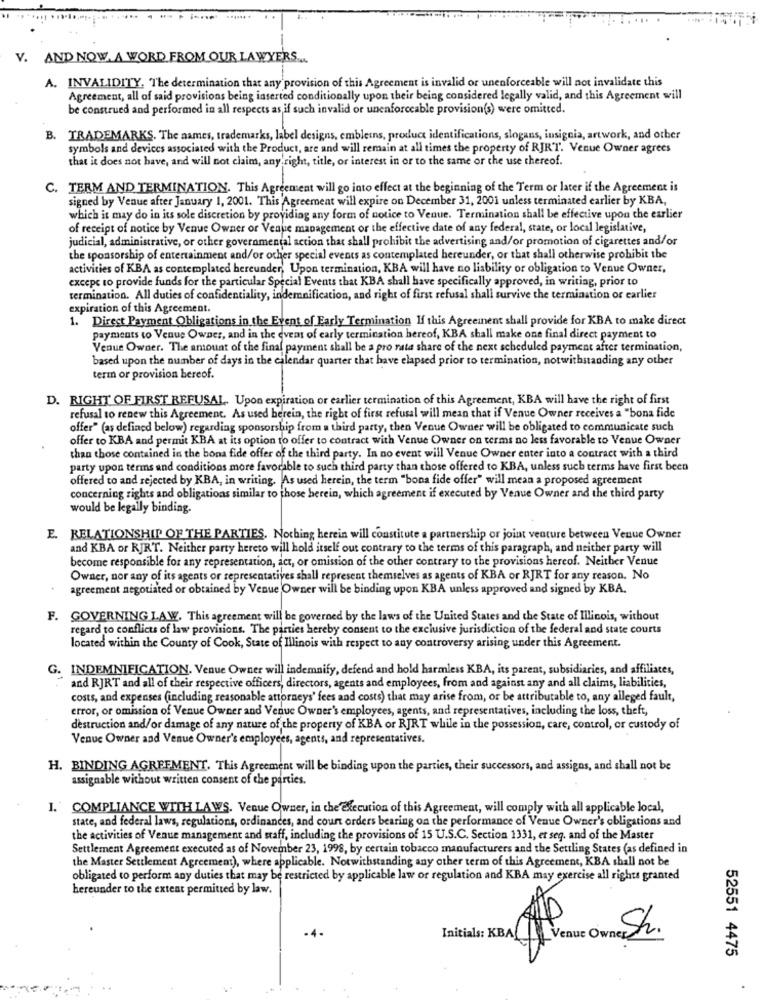
V. AND NOW. A WORD FROM OUR LAWYERS ...
A. INVALIDITY, The determination that any provision of this Agreement is invalid or unenforceable will not invalidate this
Agreement, all of said provisions being inserted conditionally upon their being considered legally valid, and this Agreement will
be construed and performed in all respects as if such invalid or unenforceable provision(s) were omitted.
B. TRADEMARKS. The names, trademarks, label designs, embleins, product identifications, slogans, insignia, artwork, and other
symbols and devices associated with the Product, are and will remain at all times the property of RJRT. Venue Owner agrees
that it does not have, and will not claim, any right, title, or interest in or to the same or the use thereof.
C. TERM AND TERMINATION. This Agreement will go into effect at the beginning of the Term or later if the Agreement is
signed by Venue after January 1, 2001. This Agreement will expire on December 31, 2001 unless terminated earlier by KBA,
which it may do in its sole discretion by providing any form of notice to Venue. Termination shall be effective upon the earlier
of receipt of notice by Venue Owner or Venue management or the effective date of any federal, state, or local legislative,
judicial, administrative, or other governmental action that shall prohibit the advertising and/or promotion of cigarettes and/or
the sponsorship of entertainment and/or other special events as contemplated hereunder, or that shall otherwise prohibit the
activities of KBA as contemplated hereunder, Upon termination, KBA will have no liability or obligation to Venue Owner,
excepe to provide funds for the particular Special Events that KBA shall have specifically approved, in writing, prior to
termination. All duties of confidentiality, indemnification, and right of first refusal shall survive the termination or earlier
expiration of this Agreement.
1. Direct Payment Obligations in the Event of Early Termination If this Agreeinent shall provide for KBA to make direct
payments to Venue Owner, and in the event of early termination hereof, KBA shall make one final direct payment to
Venue Owner. The amount of the final payment shall be a pro rata share of the next scheduled payment after termination,
based upon the number of days in the calendar quarter that have elapsed prior to termination, notwithstanding any other
term or provision bereof.
D. RIGHT OF FIRST REFUSAL, Upon expiration or earlier termination of this Agreement, KBA will have the right of first
refusal to renew this Agreement. As used berein, the right of first refusal will mean that if Venue Owner receives a "bona fide
offer" (as defined below) regarding sponsorship from a third party, then Venue Owner will be obligated to communicate such
offer to KBA and permit KBA at its option to offer to contract with Venue Owner on terms no less favorable to Venue Owner
than those contained in the bona fide offer of the third party. In no event will Venue Owner enter into a contract with a third
party upon terms and conditions more favorable to such third party than those offered to KBA, unless such terms have first been
offered to and rejected by KBA, in writing. As used herein, the term "bona fide offer" will mean a proposed agreement
concerning rights and obligations similar to those berein, which agreement if executed by Venue Owner and the third party
would be legally binding.
E. RELATIONSHIP OF THE PARTIES. Nothing herein will constitute a partnership or joint venture between Venue Owner
and KBA or RJRT. Neither party hereto will hold itself out contrary to the terms of this paragraph, and neither party will
become responsible for any representation, act, or omission of the other contrary to the provisions hereof. Neither Venue
Owner, nor any of its agents of representatives shall represent themselves as agents of KBA or RJRT for any reason. No
agreement negotiated or obtained by Venue Owner will be binding upon KBA unless approved and signed by KBA.
F. GOVERNING LAW. This agreement will be governed by the laws of the United States and the State of Illinois, without
regard to conflicts of law provisions. The parties hereby consent to the exclusive jurisdiction of the federal and state courts
located within the County of Cook, State of Illinois with respect to any controversy arising under this Agreement.
G. INDEMNIFICATION. Venue Owner will indemnify, defend and hold harmless KBA, its parent, subsidiaries, and affiliates,
and RJRT and all of their respective officers, directors, agents and employees, from and against any and all claims, liabilities,
costs, and expenses (including reasonable attorneys' fees and costs) that may arise from, or be attributable to, any alleged fault,
error, or omission of Venue Owner and Venue Owner's employees, agents, and representatives, including the loss, theft,
destruction and/or damage of any nature of the property of KBA or RJRT while in the possession, care, control, or custody of
Venue Owner and Venue Owner's employees, agents, and representatives.
H. BINDING AGREEMENT. This Agreement will be binding upon the parties, their successors, and assigns, and shall not be
assignable without written consent of the parties.
1. COMPLIANCE WITH LAWS. Venue Owner, in the Execution of this Agreement, will comply with all applicable local,
state, and federal laws, regulations, ordinances, and court orders bearing on the performance of Venue Owner's obligations and
the activities of Venue management and staff, including the provisions of 15 U.S.C. Section 1331, et seq. and of the Master
Settlement Agreement executed as of November 23, 1998, by certain tobacco manufacturers and the Settling States (as defined in
the Master Settlement Agreement), where applicable. Notwithstanding any other term of this Agreement, KBA shall not be
obligated to perform any duties that may be restricted by applicable law or regulation and KBA may exercise all rights granted
hereunder to the extent permitted by law.
Initials: KBA | Venue Owner Sr.
52551 4475